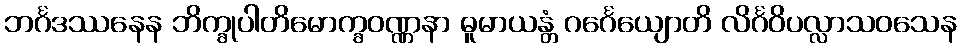
ဘင်္ဂဒဿနေန ဘိက္ခုပါတိမောက္ခဝဏ္ဏနာ ဓူမာယန္တံ ဂင်္ဂေယျောတိ လိင်္ဂဝိပလ္လာသဝသေန